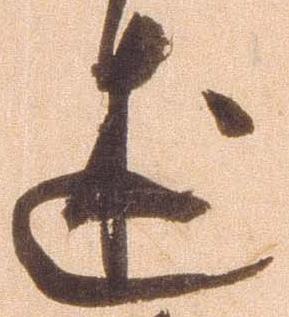
述